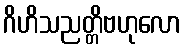
ဂိဟိသညတ္တိဗဟုလော